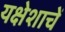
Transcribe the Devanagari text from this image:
यक्षेशाचें